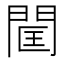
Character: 𨴑